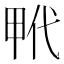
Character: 𤱢